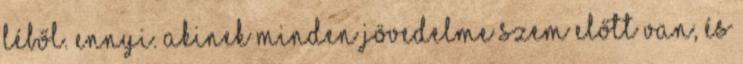
léből. ennyi. akinek minden jövedelme szem előtt van, és